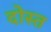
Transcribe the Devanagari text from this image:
दोस्त